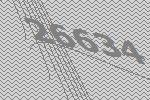
26634